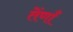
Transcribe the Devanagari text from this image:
तेंणाँ